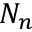
N _ { n }